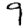
Digit: 9